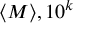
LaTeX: \langle M \rangle , 1 0 ^ { k }